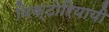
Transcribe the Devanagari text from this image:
विक्टोरियायी